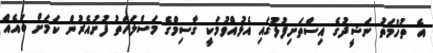
އެ ތުހުމަތު ނަޝީދުގެ އިސްތަށިފުޅުގައި އެޅުއްވުމަކީ ގާސިމްގެ މަސްލަހަތު ފުށުއެރުން ކަމަށް ބައެއް